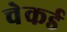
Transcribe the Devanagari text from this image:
चेकर्ड